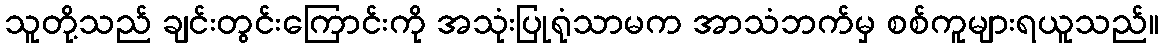
သူတို့သည် ချင်းတွင်းကြောင်းကို အသုံးပြုရုံသာမက အာသံဘက်မှ စစ်ကူများရယူသည်။